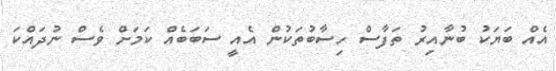
އެއް ބަޔަކު ބުނާއިރު ތަފާސް ހިސާބުތަކުން އެއީ ސަބަބެއް ކަމަށް ވެސް ނުދައްކަ